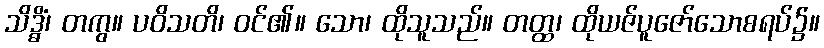
သိဒ္ဓိံ၊ တကွ။ ပဝိသတိ၊ ဝင်၏။ သော၊ ထိုသူသည်။ တတ္ထ၊ ထိုယဇ်ပူဇော်သောစရပ်၌။